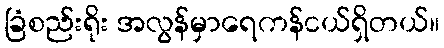
ခြံစည်းရိုး အလွန်မှာရေကန်ငယ်ရှိတယ်။